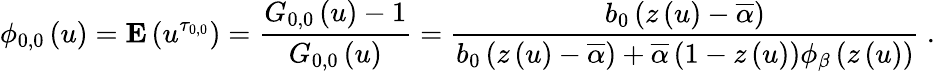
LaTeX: \phi_{0,0}\left(u\right)={\mathbf E}\left(u^{\tau_{0,0}}\right)=\frac{G_{0,0}\left(u\right)-1}{G_{0,0}\left(u\right)}=\frac{b_{0}\left(z\left(u\right)-\overline{{\alpha}}\right)}{b_{0}\left(z\left(u\right)-\overline{{\alpha}}\right)+\overline{{\alpha}}\left(1-z\left(u\right)\right)\phi_{\beta}\left(z\left(u\right)\right)}\mathrm{~.~}